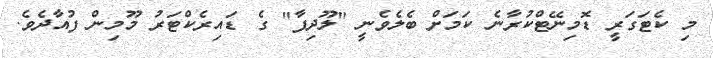
މި ކެޓަގަރީ ޑޮމިނޭޓްކުރާނެ ކަމަށް ބެލެވެނީ "ލޫދިފާ" ގެ ޑައިރެކްޓަރު މޫމިން ފުއާދެވެ.